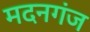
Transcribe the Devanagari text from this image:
मदनगंज